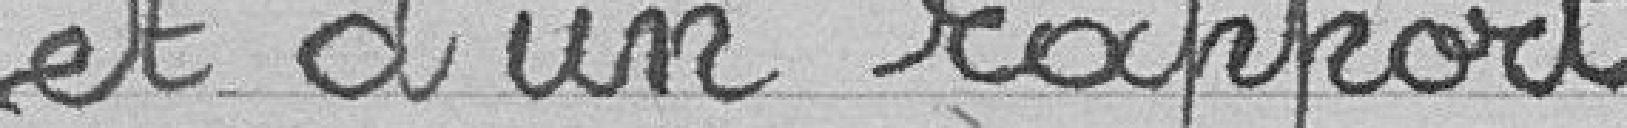
et d'un rapport